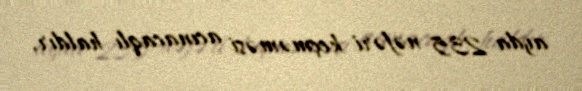
ayda 235 nəfəri keçməməsi acınacaqlı haldır.